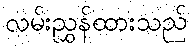
လမ်းညွှန်ထားသည်